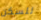
للسكن